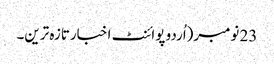
23 نومبر(اُردو پوائنٹ اخبارتازہ ترین۔